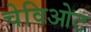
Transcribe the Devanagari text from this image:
चेविओट